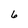
Character: 6